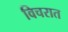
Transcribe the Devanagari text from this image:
विचरात